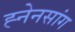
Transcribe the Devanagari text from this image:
ह्नेनसांग